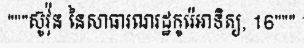
"""សូ៑វ៉ុន នៃសាធារណរដ្ឋកូរ៉េអាទិត្យ, 16"""